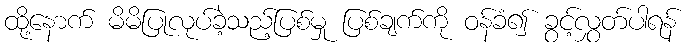
ထို့နောက် မိမိပြုလုပ်ခဲ့သည့်ပြစ်မှု ပြစ်ချက်ကို ဝန်ခံ၍ ခွင့်လွှတ်ပါရန်